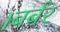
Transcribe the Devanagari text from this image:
।बर्बर